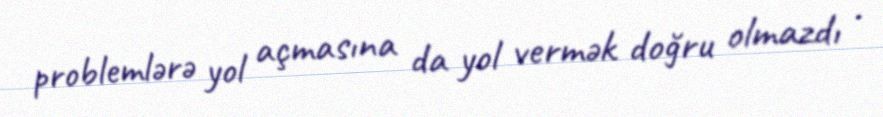
problemlərə yol açmasına da yol vermək doğru olmazdı .